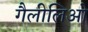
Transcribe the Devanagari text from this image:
गैलीलिओ